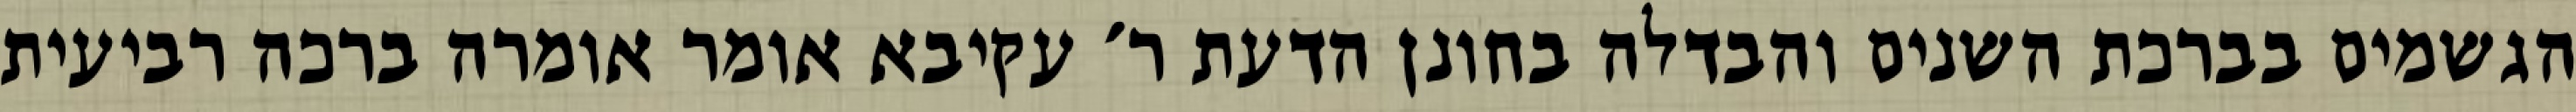
הגשמים בברכת השנים והבדלה בחונן הדעת ר׳ עקיבא אומר אומרה ברכה רביעית